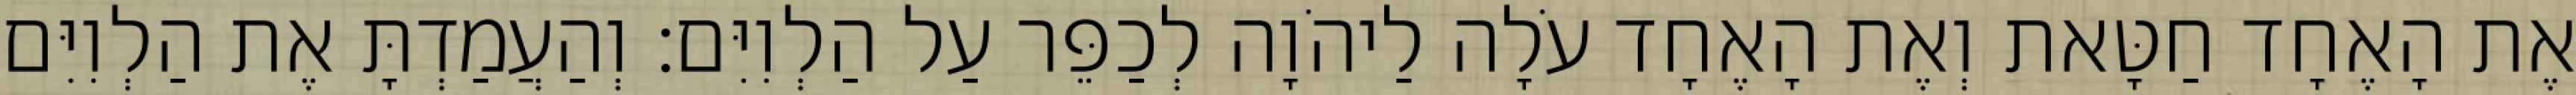
אֶת הָאֶחָד חַטָּאת וְאֶת הָאֶחָד עֹלָה לַיהֹוָה לְכַפֵּר עַל הַלְוִיִּם׃ וְהַעֲמַדְתָּ אֶת הַלְוִיִּם